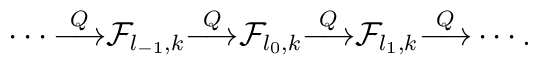
\cdots {\buildrel Q \over \longrightarrow }{\cal F}_{l_{-1},k}{\buildrel Q \over \longrightarrow }{\cal F}_{l_{0},k}{\buildrel Q \over \longrightarrow }{\cal F}_{l_{1},k}{\buildrel Q \over \longrightarrow }\cdots.